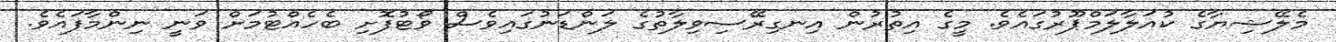
މެލޭޝިޔާގެ ކުއަލާލަމްޕޫރުގައެވެ. މީގެ އިތުރުން އިނގިރޭސިވިލާތުގެ ލަންޑަނުގައިވެސް ވޯޓުފޮށި ބެހެއްޓުމަށް ވަނީ ނިންމާފައެވެ.